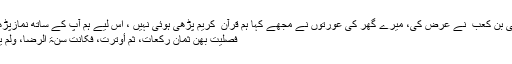
سیدنا ابی بن کعب ؓ نے عرض کی، میرے گھر کی عورتوں نے مجھے کہا ہم قرآن ِ کریم پڑھی ہوئی نہیں ، اس لیے ہم آپ کے ساتھ نمازپڑھیں گی:
فصلّیت بھن ثمان رکعات، ثمّ أوترت، فکانت سنّۃ الرّضا، ولم یقل شیئاٍ۔